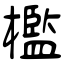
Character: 檻